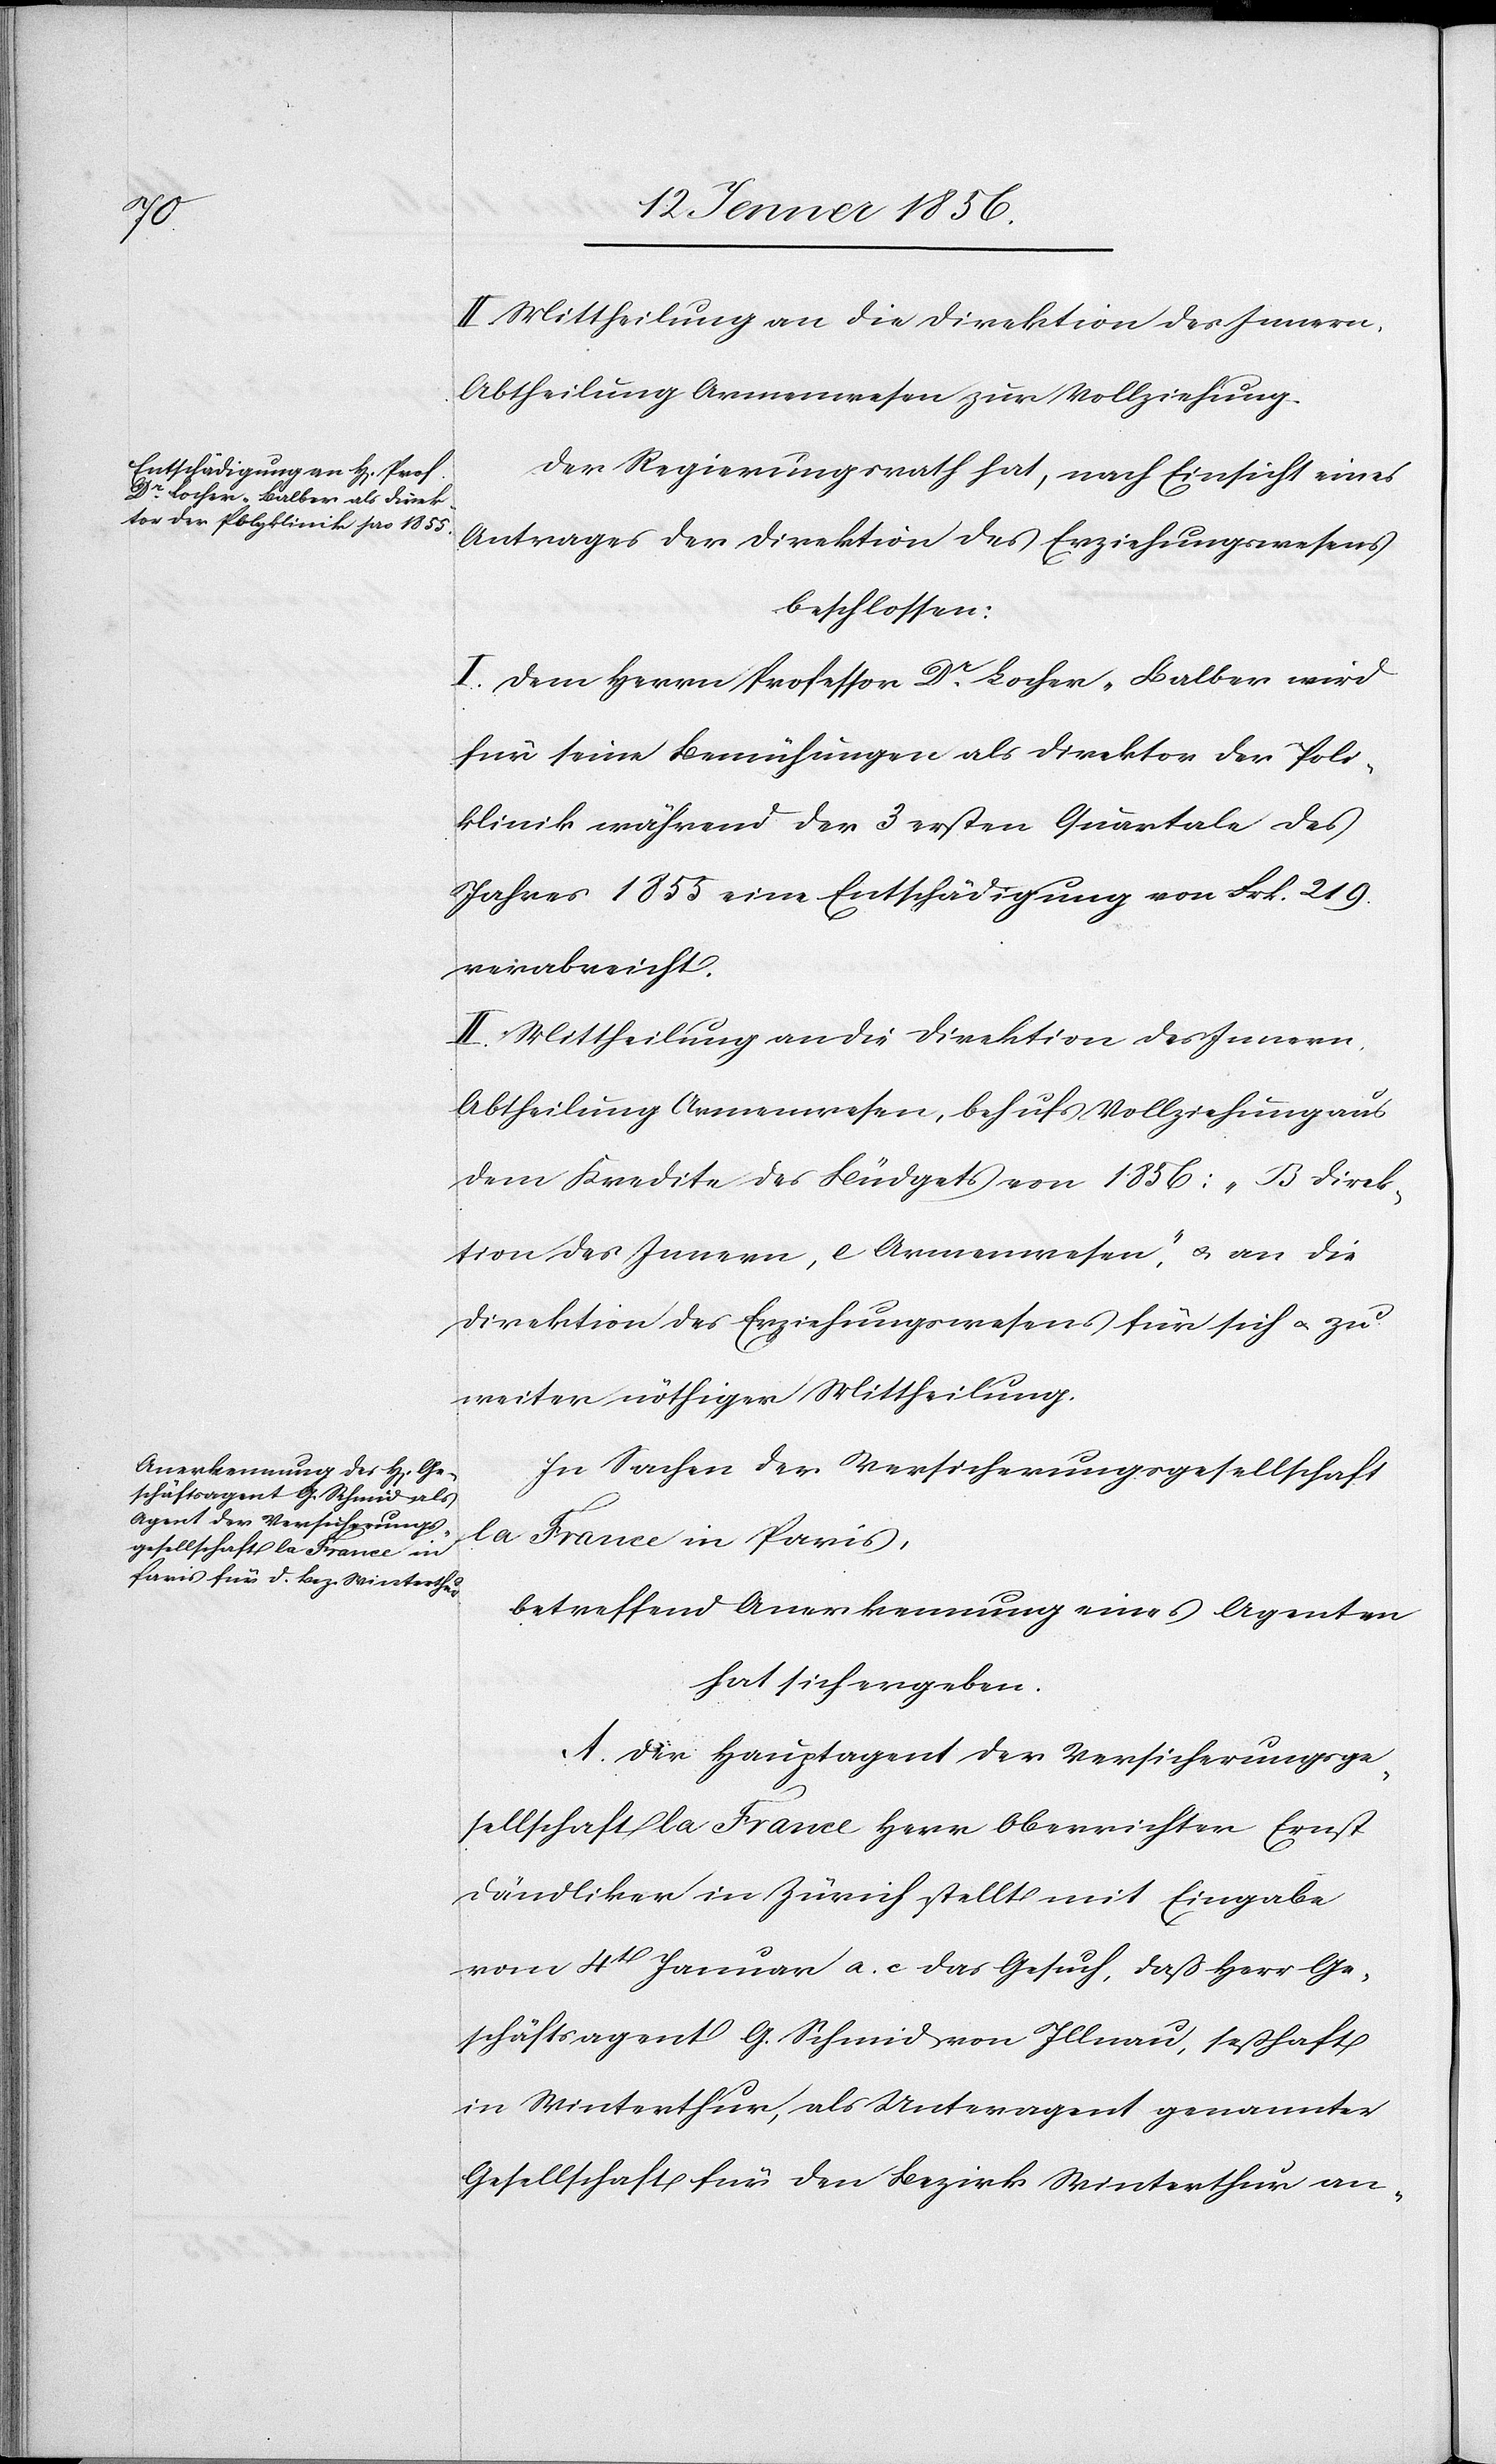
II. Mittheilung an die Direktion des Innern,
Abtheilung Armenwesen zur Vollziehung.
Der Regierungsrath hat, nach Einsicht eines
Antrages der Direktion des Erziehungswesens
beschlossen:
I. Dem Herrn Professor Dr. Locher-Balber wird
für seine Bemühungen als Direktor der Poli¬
klinik [sic!] während der 3 ersten Quartale des
Jahres 1855 eine Entschädigung von Frk. 219.
verabreicht.
II. Mittheilung an die Direktion des Innern,
Abtheilung Armenwesen, behufs Vollziehung aus
dem Kredite des Büdget von 1856: „B Direk¬
tion des Innern, c Armenwesen“, u. an die
Direktion des Erziehungswesens für sich u. zu
weiter nöthiger Mittheilung.
In Sachen der Versicherungsgesellschaft
la France in Paris,
betreffend Anerkennung eines Agenten
hat sich ergeben.
A. Der Hauptagent der Versicherungsge¬
sellschaft la France Herr Oberrichter Ernst
Dändliker in Zürich stellt mit Eingabe
vom 4t Januar a. c. das Gesuch, daß Herr Ge¬
schäftsagent G. Schmid von Illnau, seßhaft
in Winterthur, als Unteragent genannter
Gesellschaft für den Bezirk Winterthur an-